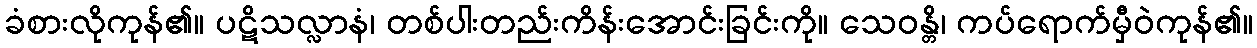
ခံစားလိုကုန်၏။ ပဋိသလ္လာနံ၊ တစ်ပါးတည်းကိန်းအောင်းခြင်းကို။ သေဝန္တိ၊ ကပ်ရောက်မှီဝဲကုန်၏။